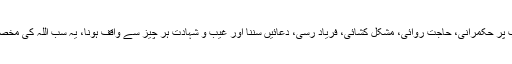
مثلاً سلسلۂ اسباب پر حکمرانی، حاجت روائی، مشکل کشائی، فریاد رسی، دعائیں سننا اور غیب و شہادت ہر چیز سے واقف ہونا، یہ سب اللہ کی مخصوص صفات ہیں۔